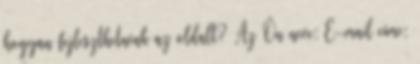
hogyan fejleszthetnénk az oldalt? Az Ön neve: E-mail címe: